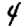
Digit: 4